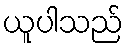
ယူပါသည်